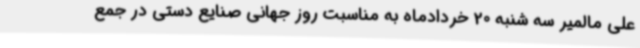
علی مالمیر سه شنبه 20 خردادماه به مناسبت روز جهانی صنایع دستی در جمع